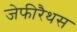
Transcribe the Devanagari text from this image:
जेफीरैथस